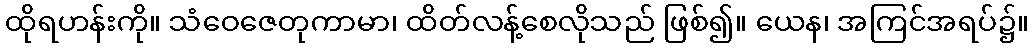
ထိုရဟန်းကို။ သံဝေဇေတုကာမာ၊ ထိတ်လန့်စေလိုသည် ဖြစ်၍။ ယေန၊ အကြင်အရပ်၌။